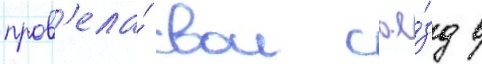
пров'ела́ свои съе́зд в